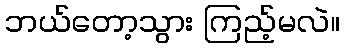
ဘယ်တော့သွား ကြည့်မလဲ။